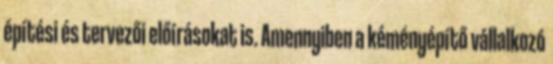
építési és tervezői előírásokat is. Amennyiben a kéményépítő vállalkozó